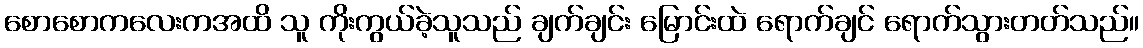
စောစောကလေးကအထိ သူ ကိုးကွယ်ခဲ့သူသည် ချက်ချင်း မြောင်းထဲ ရောက်ချင် ရောက်သွားတတ်သည်။